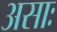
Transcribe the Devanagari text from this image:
असाः